Preliminary report on the killing of rats and rat fleas by hydrocyanic acid gas - Number 38
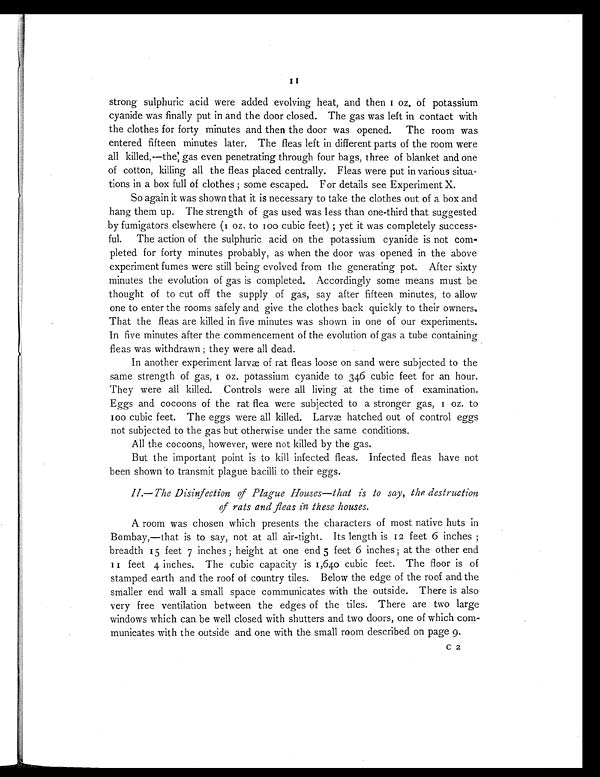
11
strong sulphuric acid were added evolving heat, and then I oz. of potassium
cyanide was finally put in and the door closed. The gas was left in contact with
the clothes for forty minutes and then the door was opened. The room was
entered fifteen minutes later. The fleas left in different parts of the room were
a l l k i l l e d , —t h e , ' g a s e v e n p e n e t r a t i n g t h r o u g h f o u r b a g s , t h r e e o f b l a n k e t a n d o n e
of cotton, killing all the fleas placed centrally. Fleas were put in various situa-
tions in a box full of clothes ; some escaped. For details see Experiment X.
So again it was shown that it is necessary to take the clothes out of a box and
hang them up. The strength of gas used was less than one-third that suggested
by fumigators elsewhere (1 oz. to 100 cubic feet) ; yet it was completely success-
ful. The action of the sulphuric acid on the potassium cyanide is not com-
pleted for forty minutes probably, as when the door was opened in the above
experiment fumes were still being evolved from the generating pot. After sixty
minutes the evolution of gas is completed. Accordingly some means must be
thought of to cut off the supply of gas, say after fifteen minutes, to allow
one to enter the rooms safely and give the clothes back quickly to their owners.
That the fleas are killed in five minutes was shown in one of our experiments.
In five minutes after the commencement of the evolution of gas a tube containing
fleas was withdrawn ; they were all dead.
In another experiment larvæ of rat fleas loose on sand were subjected to the
same strength of gas, I oz. potassium cyanide to 346 cubic feet for an hour.
They were all killed. Controls were all living at the time of examination.
Eggs and cocoons of the rat flea were subjected to a stronger gas, 1 oz. to
100 cubic feet. The eggs were all killed. Larvæ hatched out of control eggs
not subjected to the gas but otherwise under the same conditions.
All the cocoons, however, were not killed by the gas.
But the important point is to kill infected fleas. Infected fleas have not
been shown to transmit plague bacilli to their eggs.
I I . — T h e D i s i n f e c t i o n o f P l a g u e H o u s e s — t h a t i s t o s a y , t h e d e s t r u c t i o n
of rats and fleas in these houses.
A room was chosen which presents the characters of most native huts in
Bombay,—that is to say, not at all air-tight. Its length is I2 feet 6 inches ;
breadth 15 feet 7 inches ; height at one end 5 feet 6 inches ; at the other end
I I
feet 4 inches. The cubic capacity is 1,640 cubic feet. The floor is of
stamped earth and the roof of country tiles. Below the edge of the roof and the
smaller end wall a small space communicates with the outside. There is also
very free ventilation between the edges of the tiles. There are two large
windows which can be well closed with shutters and two doors, one of which com-
municates with the outside and one with the small room described on page 9.
C2